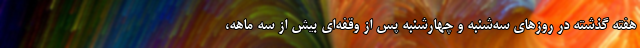
هفته گذشته در روزهای سه‌شنبه و چهارشنبه پس از وقفه‌ای بیش از سه ماهه،